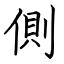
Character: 側